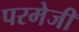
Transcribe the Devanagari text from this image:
परमेजी